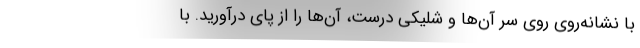
با نشانه‌روی روی سر آن‌ها و شلیکی درست، آن‌ها را از پای درآورید. با